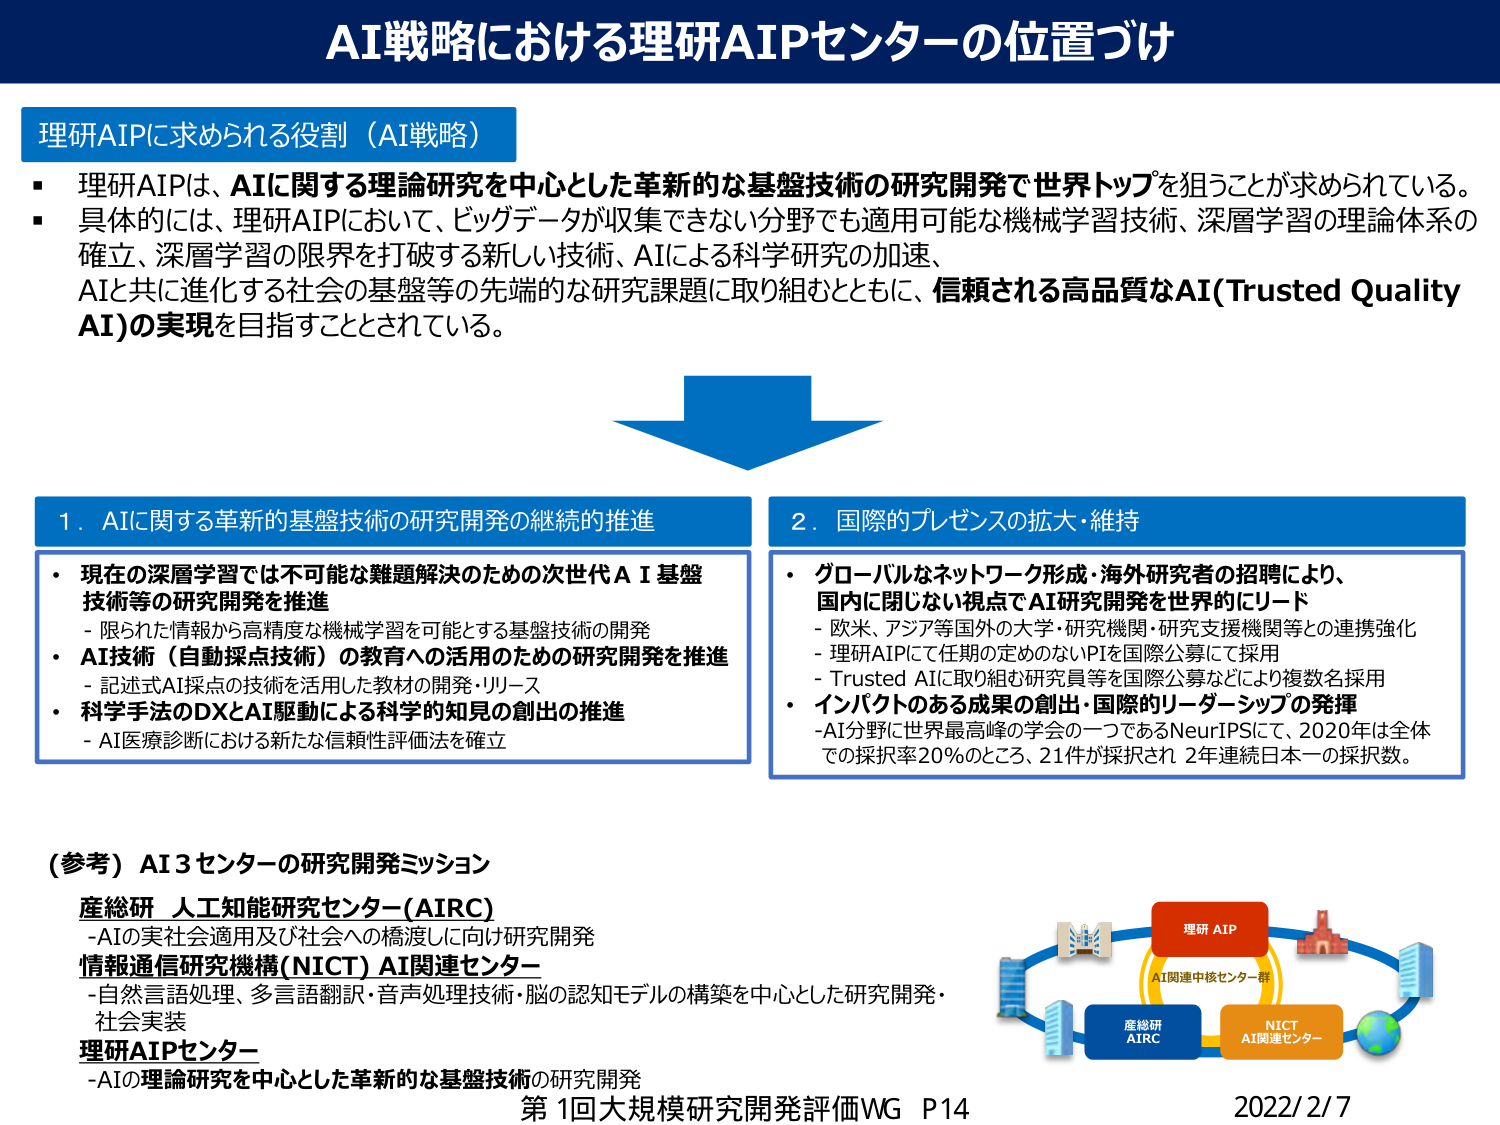
AI戦略における理研AIPセンターの位置づけ

理研AIPに求められる役割（AI戦略）
・理研AIPは、AIに関する理論研究を中心とした革新的な基盤技術の研究開発で世界トップを狙うことが求められている。
・具体的には、理研AIPにおいて、ビッグデータが収集できない分野でも適用可能な機械学習技術、深層学習の理論体系の確立、深層学習の限界を打破する新しい技術、AIによる科学研究の加速、AIと共に進化する社会の基盤等の先端的な研究課題に取り組むとともに、信頼される高品質なAI(Trusted Quality AI)の実現を目指すこととされている。

1．AIに関する革新的基盤技術の研究開発の継続的推進
・現在の深層学習では不可能な難題解決のための次世代AI基盤技術等の研究開発を推進
　-限られた情報から高精度な機械学習を可能とする基盤技術の開発
・AI技術（自動採点技術）の教育への活用のための研究開発を推進
　-記述式AI採点の技術を活用した教材の開発・リリース
・科学手法のDXとAI駆動による科学的知見の創出の推進
　-AI医療診断における新たな信頼性評価法を確立

2．国際的プレゼンスの拡大・維持
・グローバルなネットワーク形成・海外研究者の招聘により、国内に閉じない視点でAI研究開発を世界的にリード
　-欧米、アジア等国外の大学・研究機関・研究支援機関等との連携強化
　-理研AIPにて任期の定めのないPIを国際公募にて採用
　-Trusted AIに取り組む研究員等を国際公募などにより複数名採用
・インパクトのある成果の創出・国際的リーダーシップの発揮
　-AI分野に世界最高峰の学会の一つであるNeurIPSにて、2020年は全体での採択率20%のところ、21件が採択され 2年連続日本一の採択数。

（参考）AI3センターの研究開発ミッション
産総研 人工知能研究センター(AIRC)
　-AIの実社会適用及び社会への橋渡しに向け研究開発
情報通信研究機構(NICT) AI関連センター
　-自然言語処理、多言語翻訳・音声処理技術・脳の認知モデルの構築を中心とした研究開発・社会実装
理研AIPセンター
　-AIの理論研究を中心とした革新的な基盤技術の研究開発

理研AIP
AI関連中核センター群
産総研 AIRC
NICT AI関連センター

第1回大規模研究開発評価WG P14
2022/2/7